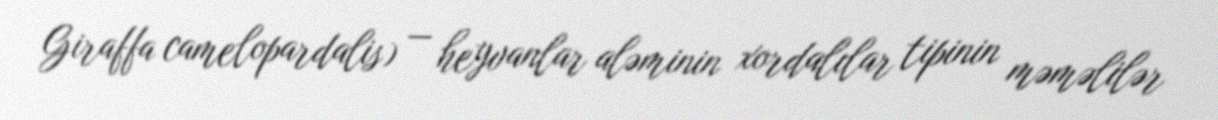
Giraffa camelopardalis) — heyvanlar aləminin xordalılar tipinin məməlilər